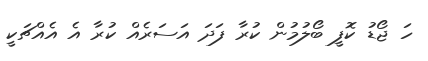
ހަ ޖޯޑު ކޮފީ ބޯލުމުން ކުރާ ފަދަ އަސަރެއް ކުރާ އެ އެއްޗަކީ